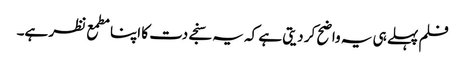
فلم پہلے ہی یہ واضح کر دیتی ہے کہ یہ سنجے دت کا اپنا مطمع نظر ہے۔